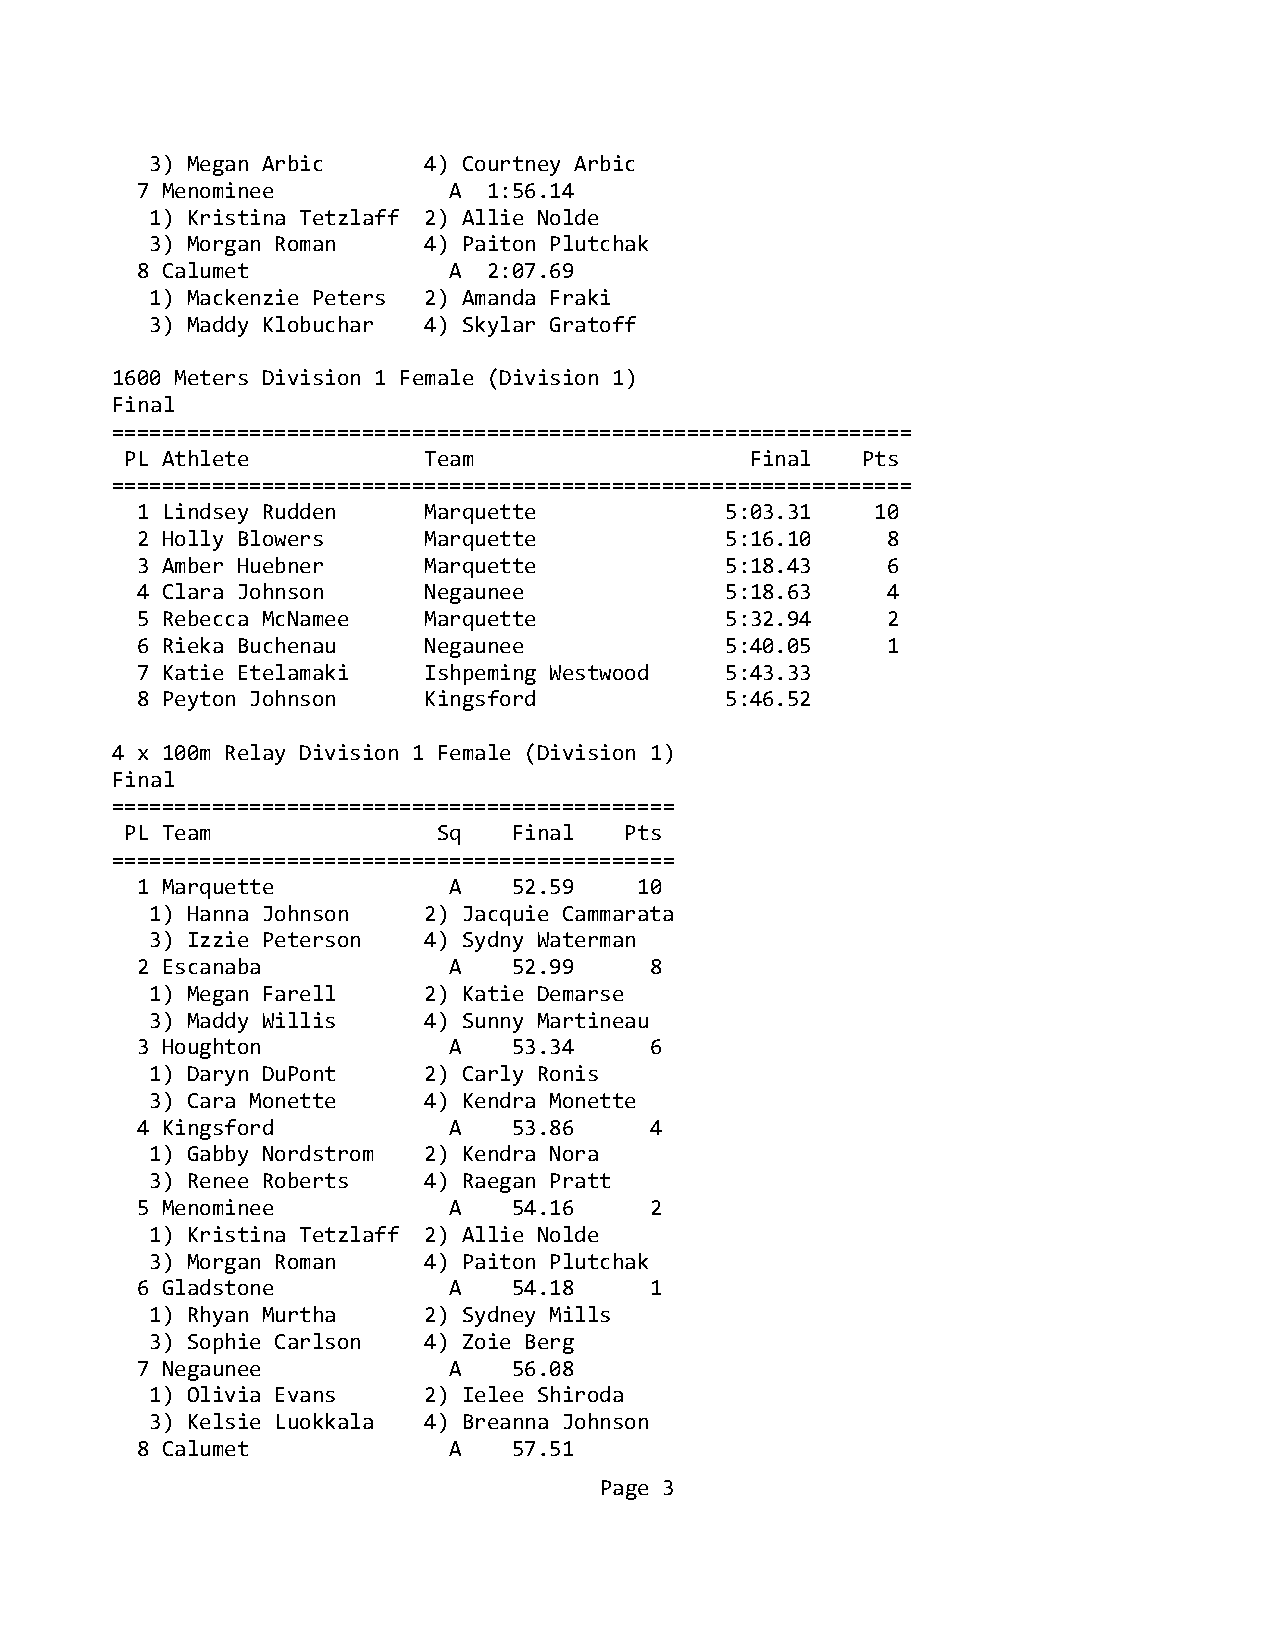
3) Megan Arbic    4) Courtney Arbic
 7 Menominee          A 1:56.14
 1) Kristina Tetzlaff 2) Allie Nolde
 3) Morgan Roman   4) Paiton Plutchak
 8 Calumet            A 2:07.69
 1) Mackenzie Peters 2) Amanda Fraki
 3) Maddy Klobuchar 4) Skylar Gratoff
 1600 Meters Division 1 Female (Division 1)
 Final
 ================================================================
 PL Athlete          Team                  Final  Pts
 ================================================================
 1 Lindsey Rudden   Marquette           5:03.31   10
 2 Holly Blowers    Marquette           5:16.10    8
 3 Amber Huebner    Marquette           5:18.43    6
 4 Clara Johnson    Negaunee            5:18.63    4
 5 Rebecca McNamee  Marquette           5:32.94    2
 6 Rieka Buchenau   Negaunee            5:40.05    1
 7 Katie Etelamaki  Ishpeming Westwood  5:43.33
 8 Peyton Johnson   Kingsford           5:46.52
 4 x 100m Relay Division 1 Female (Division 1)
 Final
 =============================================
 PL Team              Sq   Final  Pts
 =============================================
 1 Marquette          A   52.59   10
 1) Hanna Johnson  2) Jacquie Cammarata
 3) Izzie Peterson 4) Sydny Waterman
 2 Escanaba           A   52.99    8
 1) Megan Farell   2) Katie Demarse
 3) Maddy Willis   4) Sunny Martineau
 3 Houghton           A   53.34    6
 1) Daryn DuPont   2) Carly Ronis
 3) Cara Monette   4) Kendra Monette
 4 Kingsford          A   53.86    4
 1) Gabby Nordstrom 2) Kendra Nora
 3) Renee Roberts  4) Raegan Pratt
 5 Menominee          A   54.16    2
 1) Kristina Tetzlaff 2) Allie Nolde
 3) Morgan Roman   4) Paiton Plutchak
 6 Gladstone          A   54.18    1
 1) Rhyan Murtha   2) Sydney Mills
 3) Sophie Carlson 4) Zoie Berg
 7 Negaunee           A   56.08
 1) Olivia Evans   2) Ielee Shiroda
 3) Kelsie Luokkala 4) Breanna Johnson
 8 Calumet            A   57.51
 Page 3